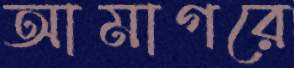
আমাগরে